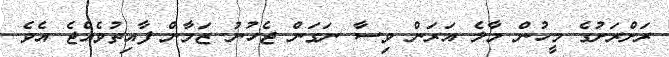
ރަށްރަށުގެ މީހުން މާލެ އަރަން ވިސާ ނަގަން ޖެހުނު ޒަމާން ފާއިތުވެއްޖެ އެވެ.